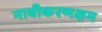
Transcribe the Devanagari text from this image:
नावीकरणक्षम